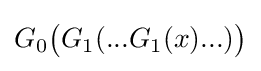
G_{0}{\bigl (}G_{1}(...G_{1}(x)...){\bigr )}